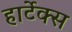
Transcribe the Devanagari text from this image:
हार्टेक्स